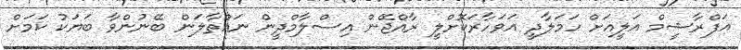
އަފްރާޝީމް އަލީއަށް ހަމަލާދީ އަވަހާރަކޮށްލީ ރާއްޖޭން އިސްލާމްދީން ނައްތާލަން ބޭނުންވާ ބަޔަކު ކަމަށް